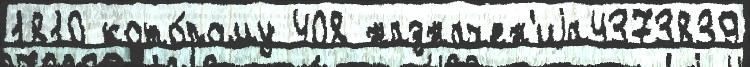
1810 кото́рому 408 назначен'иjа4373839